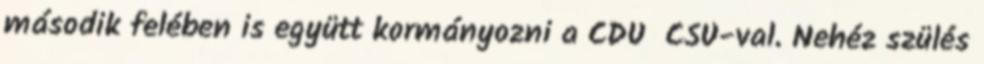
második felében is együtt kormányozni a CDU CSU-val. Nehéz szülés